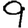
Digit: 9